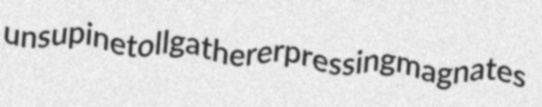
unsupine tollgatherer pressing magnates